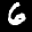
Label: 6